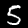
Digit: 5